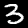
Label: 3